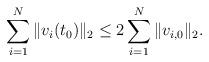
LaTeX: \begin{align*}\sum_{i=1}^{N}\|v_i(t_0)\|_2 \leq 2\sum_{i=1}^{N}\|v_{i,0}\|_2.\end{align*}